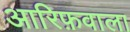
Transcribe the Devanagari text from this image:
आरिफ़वाला